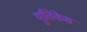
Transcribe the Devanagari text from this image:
युतिकेस